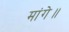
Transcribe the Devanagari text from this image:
मांगे॥